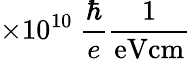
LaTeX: \times 10^{10}~\frac{\hbar}{e}\frac{1}{\mathrm{eVcm}}